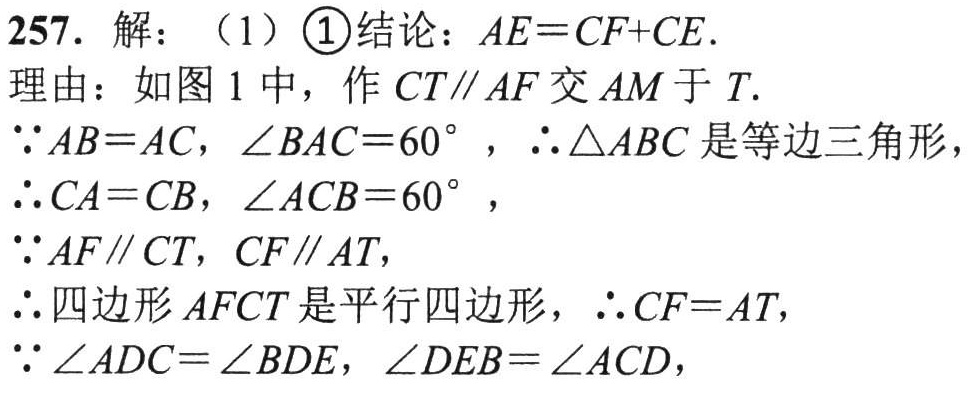
257. 解：（1）\textcircled{1}结论：\(AE = CF + CE\).

理由：如图 1 中，作 \(CT\parallel AF\) 交 \(AM\) 于 \(T\).

\(\because AB = AC\)，\(\angle BAC = 60^{\circ}\)，\(\therefore\triangle ABC\) 是等边三角形，

\(\therefore CA = CB\)，\(\angle ACB = 60^{\circ}\)，

\(\because AF\parallel CT\)，\(CF\parallel AT\)，

\(\therefore\) 四边形 \(AFCT\) 是平行四边形，\(\therefore CF = AT\)，

\(\because\angle ADC=\angle BDE\)，\(\angle DEB=\angle ACD\)，